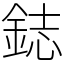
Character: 鋕